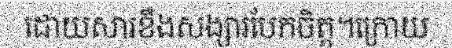
ដោយសារខឹងសង្សារបែកចិត្ត។ក្រោយ